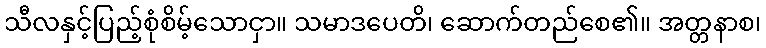
သီလနှင့်ပြည့်စုံစိမ့်သောငှာ။ သမာဒပေတိ၊ ဆောက်တည်စေ၏။ အတ္တနာစ၊